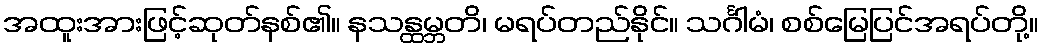
အထူးအားဖြင့်ဆုတ်နစ်၏။ နသန္ထမ္ဘတိ၊ မရပ်တည်နိုင်။ သင်္ဂါမံ၊ စစ်မြေပြင်အရပ်တို့။